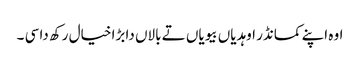
اوہ اپنے کمانڈر اوہدیاں بیویاں تے بالاں دا بڑا خیال رکھ دا سی ۔